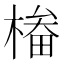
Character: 㮥